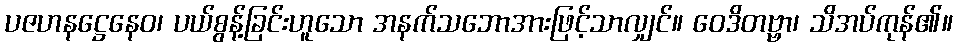
ပဇဟနဋ္ဌေနေဝ၊ ပယ်စွန့်ခြင်းဟူသော အနက်သဘောအားဖြင့်သာလျှင်။ ဝေဒိတဗ္ဗာ၊ သိအပ်ကုန်၏။